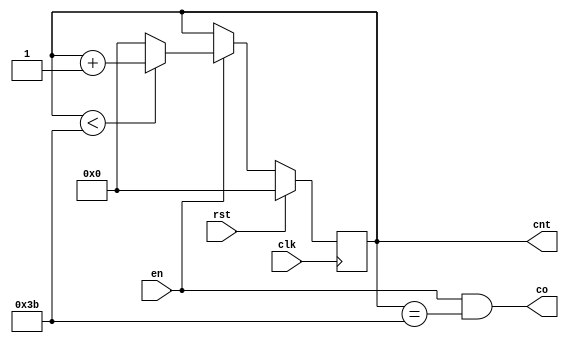
`timescale 1ns / 1ps
//////////////////////////////////////////////////////////////////////////////////
// Company: 
// Engineer: 
// 
// Design Name: 
// Module Name: counter
// Project Name: 
// Target Devices: 
// Tool Versions: 
// Description: 
// 
// Dependencies: 
// 
// Revision:
// Revision 0.01 - File Created
// Additional Comments:
// 
//////////////////////////////////////////////////////////////////////////////////

module counterM
#(
    parameter M = 60
)
(
    input clk,
    input rst,
    input en,
    output reg [Log2(M - 1) : 0] cnt,
    output co
);
    initial cnt = 0;

    function integer Log2(input integer x);
        for(Log2 = 0; x > 1; x = x >> 1) 
            Log2 = Log2 + 1;
    endfunction
    
    assign co = en & (cnt == M - 1);
    
    always@(posedge clk)
    begin
        if(rst)
            cnt <= 1'b0;
        else if(en)
        begin
            if(cnt < M - 1)
                cnt <= cnt + 1'b1;
            else
                cnt <= 1'b0;
        end
    end
endmodule